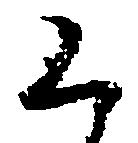
上